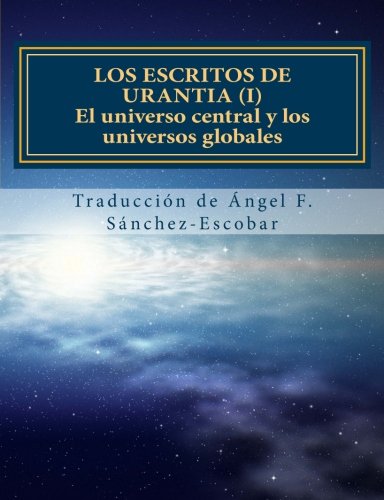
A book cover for Los escritos de Urantia (I): El universo central y los universos globales: Nueva traducciÃ³n  (Con citas bÃ­blicas) (Spanish Edition); ÃEngel Francisco SÃ¡nchez-Escobar; Religion & Spirituality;